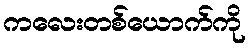
ကလေးတစ်ယောက်ကို